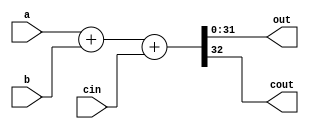
module adder(a, b, cin, out, cout);
parameter SIZE = 32;
input [SIZE - 1 : 0] a, b;
input cin;
output [SIZE - 1 : 0] out;
output cout;
	assign {cout, out} = a + b + cin;
endmodule